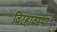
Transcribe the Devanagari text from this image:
विरहावस्था